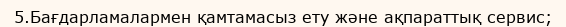
5.Бағдарламалармен қамтамасыз ету және ақпараттық сервис;